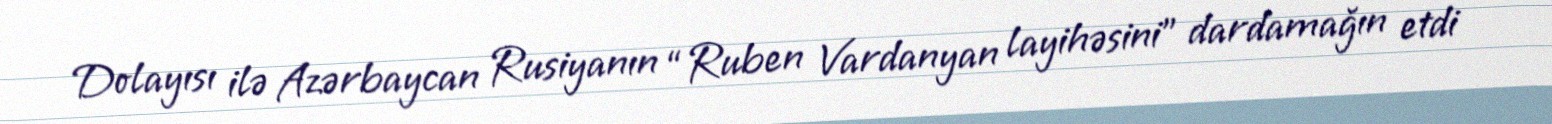
Dolayısı ilə Azərbaycan Rusiyanın “Ruben Vardanyan layihəsini” dardamağın etdi